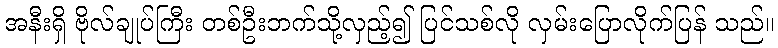
အနီးရှိ ဗိုလ်ချုပ်ကြီး တစ်ဦးဘက်သို့လှည့်၍ ပြင်သစ်လို လှမ်းပြောလိုက်ပြန် သည်။